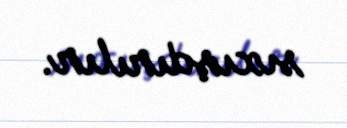
sıxışdırılır.